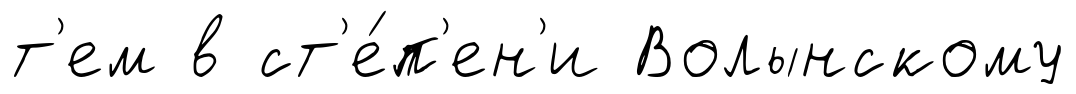
т'ем в ст'е́п'ен'и Волынскому